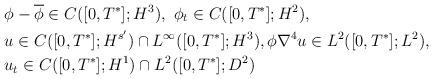
LaTeX: \begin{align*}& \phi-\overline{\phi} \in C([0,T^*]; H^3), \ \phi _t \in C([0,T^*]; H^2),\\& u\in C([0,T^*]; H^{s'})\cap L^\infty([0,T^*]; H^3),\phi \nabla^4 u \in L^2([0,T^*] ; L^2), \\& u_t \in C([0,T^*]; H^1)\cap L^2([0,T^*] ; D^2)\end{align*}